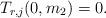
LaTeX: \begin{align*}T_{r,j}(0,m_2)=0.\end{align*}